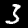
Label: 3